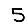
Digit: 5